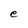
Character: e